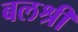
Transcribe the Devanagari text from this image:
बलश्री